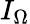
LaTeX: I_{\Omega}